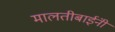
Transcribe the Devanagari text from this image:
मालतीबाईंनी